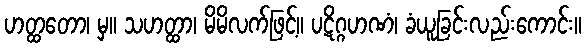
ဟတ္ထတော၊ မှ။ သဟတ္ထာ၊ မိမိလက်ဖြင့်။ ပဋိဂ္ဂဟဏံ၊ ခံယူခြင်းလည်းကောင်း။